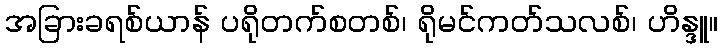
အခြားခရစ်ယာန် ပရိုတက်စတစ်၊ ရိုမင်ကတ်သလစ်၊ ဟိန္ဒူ။